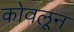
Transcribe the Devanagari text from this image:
कोवलून